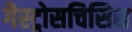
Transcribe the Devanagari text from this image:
गैस्ट्रोसचिसिस